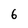
Character: 6